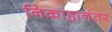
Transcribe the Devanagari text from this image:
निकाहानंतर